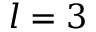
l = 3